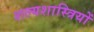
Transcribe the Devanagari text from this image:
शल्यशास्त्रियों